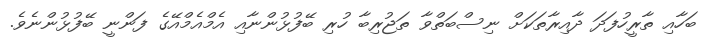
ބަހާއި ތާރީހުފަދަ ދާއިރާތަކަށް ނިސްބަތްވާ ތަޖުރިބާ ހުރި ބޭފުޅުންނާއި އެމްއެމްއޭގެ ފަންނީ ބޭފުޅުންނެވެ.